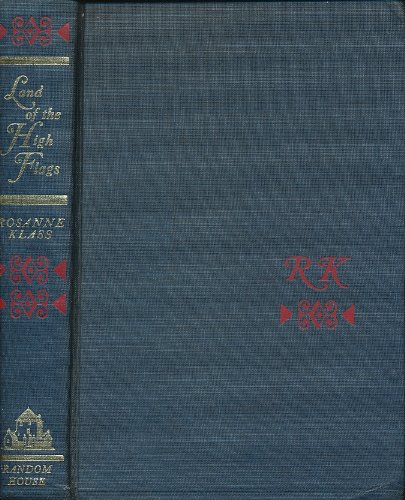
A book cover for Land of the High Flags: a Travel Memoir of Afghanistan; Rosanne Klass; Travel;